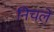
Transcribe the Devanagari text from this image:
निचले